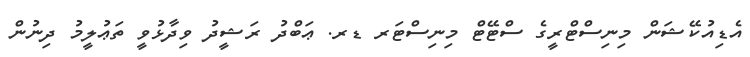
އެޑިއުކޭޝަން މިނިސްޓްރީގެ ސްޓޭޓް މިނިސްޓަރ ޑރ. ޢަބްދު ރަޝީދު ވިދާޅުވީ ތަޢުލީމު ދިނުން